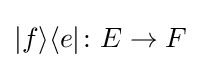
|f\rangle \langle e|\colon E\to F